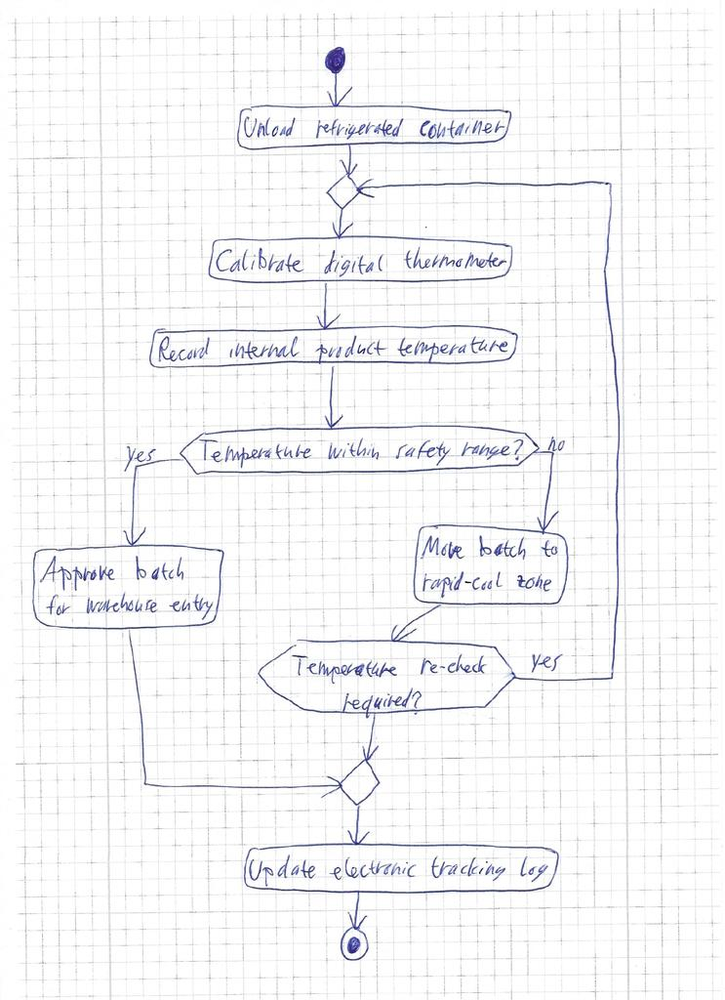
Diagram type: activity_diagram
```plantuml
@startuml

start

:Unload refrigerated container;

repeat
  :Calibrate digital thermometer;
  :Record internal product temperature;

  if (Temperature within safety range?) then (yes)
    :Approve batch for warehouse entry;
    break
  else (no)
    :Move batch to rapid-cool zone;
  endif
repeat while (Temperature re-check required?) is (yes)

:Update electronic tracking log;

stop

@enduml
```